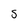
Character: s